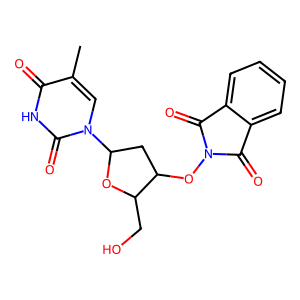
SMILES: Cc1cn(C2CC(ON3C(=O)c4ccccc4C3=O)C(CO)O2)c(=O)[nH]c1=O
Inhibits HIV replication: Yes